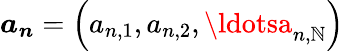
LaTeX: \boldsymbol{a_{n}}=\left(a_{n,1},a_{n,2},\ldotsa_{n,\mathbb{N}}\right)